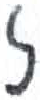
אות: ז